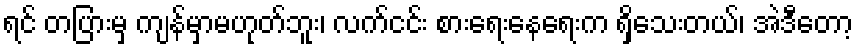
ရင် တပြားမှ ကျန်မှာမဟုတ်ဘူး၊ လက်ငင်း စားရေးနေရေးက ရှိသေးတယ်၊ အဲဒီတော့